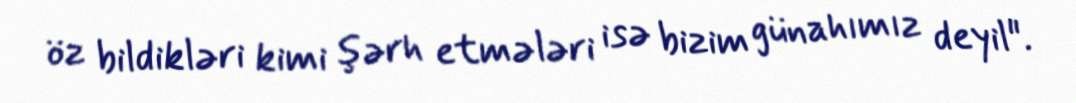
öz bildikləri kimi şərh etmələri isə bizim günahımız deyil".